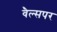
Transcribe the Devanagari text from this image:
वैल्सपर